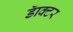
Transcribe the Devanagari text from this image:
डॅाक्टर